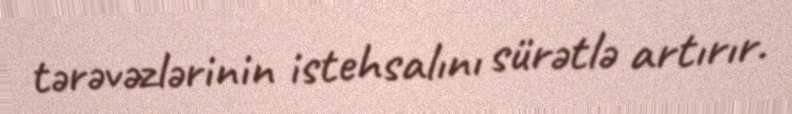
tərəvəzlərinin istehsalını sürətlə artırır.